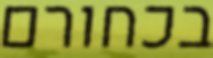
בכחורם